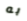
به